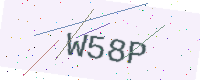
Text: W58P